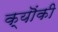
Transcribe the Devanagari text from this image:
क्यॊंकी